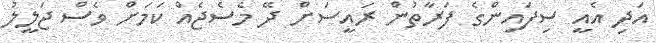
އަދި އެއީ ސިފައިންގެ ފަރާތުން ރައީސަށް ދޭ މެސެޖެއް ކަމަށް ވެސް ޖަލީލު